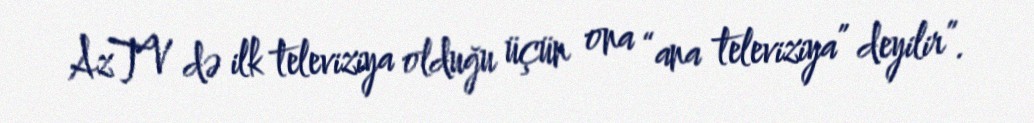
AzTV də ilk televiziya olduğu üçün ona “ana televiziya” deyilir”.